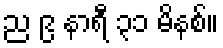
ည ၉ နာရီ ၃၁ မိနစ်။